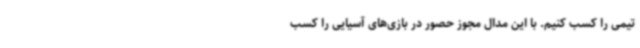
تیمی را کسب کنیم. با این مدال مجوز حصور در بازی‌های آسیایی را کسب